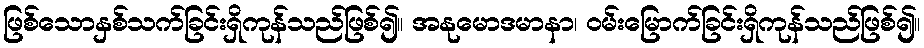
ဖြစ်သောနှစ်သက်ခြင်းရှိကုန်သည်ဖြစ်၍။ အနုမောဒမာနာ၊ ဝမ်းမြောက်ခြင်းရှိကုန်သည်ဖြစ်၍။